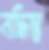
নদ্ধিন্ত